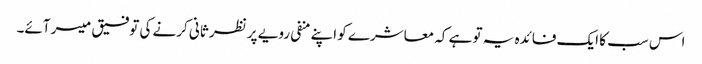
اس سب کا ایک فائدہ یہ تو ہے کہ معاشرے کو اپنے منفی رویے پر نظر ثانی کرنے کی توفیق میسر آئے۔